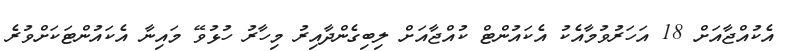
އެކުއްޖާއަށް 18 އަހަރުވުމާއެކު އެކައުންޓް ކުއްޖާއަށް ލިބިގެންދާއިރު މިހާރު ހުޅުވޭ މައިނާ އެކައުންޓަކަށްވުރެ